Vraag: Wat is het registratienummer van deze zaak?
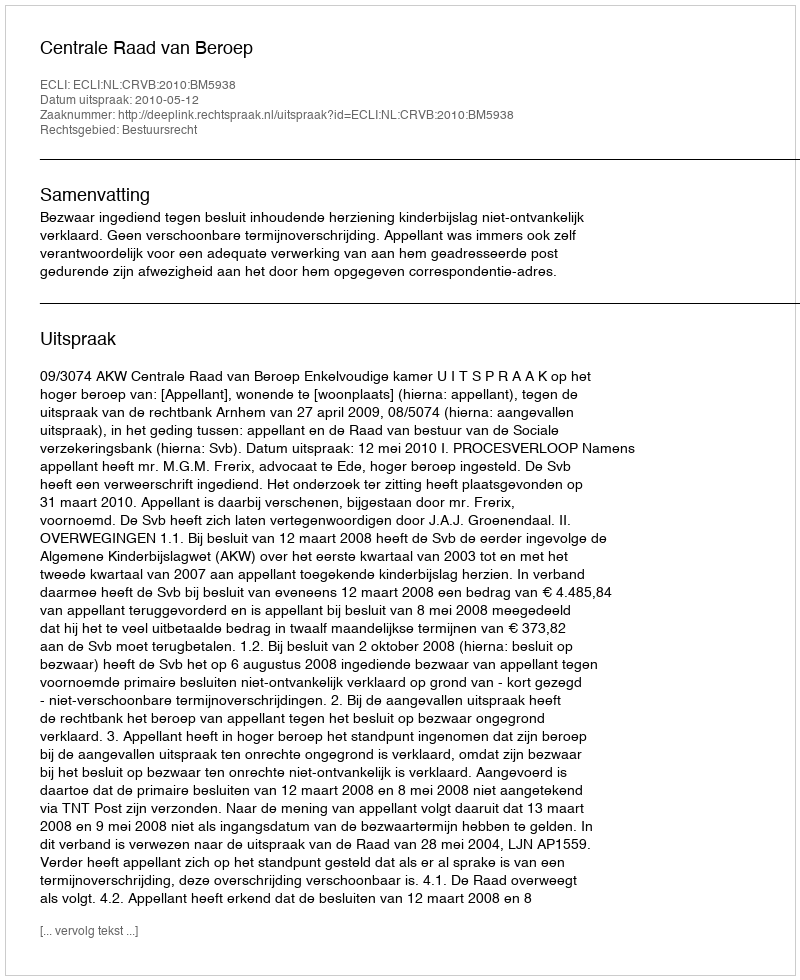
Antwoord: http://deeplink.rechtspraak.nl/uitspraak?id=ECLI:NL:CRVB:2010:BM5938